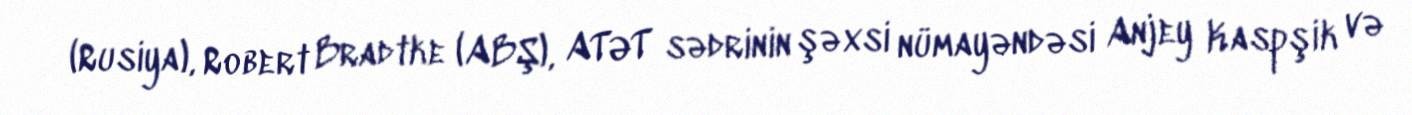
(Rusiya), Robert Bradtke (ABŞ), ATƏT sədrinin şəxsi nümayəndəsi Anjey Kaspşik və